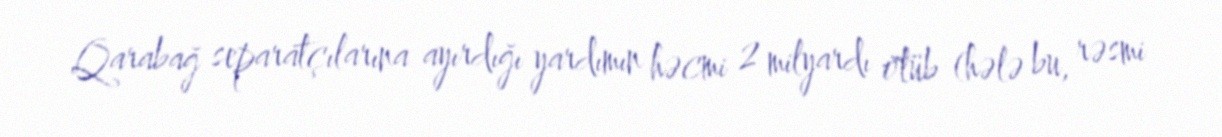
Qarabağ separatçılarına ayırdığı yardımın həcmi 2 milyardı ötüb (hələ bu, rəsmi